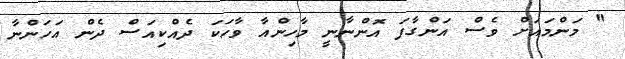
" މަންމައަށް ވެސް އަންގާފަ އޮންނާނީ މާހިންއާ ވާހަކަ ދެއްކިއަސް ދެން އަހަންނާ